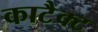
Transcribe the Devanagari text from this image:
काटैक्ट